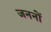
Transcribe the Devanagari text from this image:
जननों